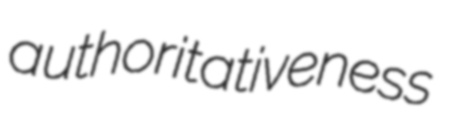
authoritativeness